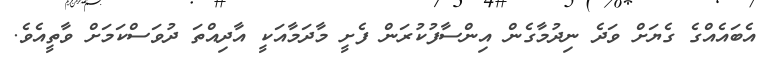
އެބައެއްގެ ގެޔަށް ވަދެ ނިދުމާގެން އިންސާފުކުރަން ފެށީ މާދަމާއަކީ އާދިއްތަ ދުވަސްކަމަށް ވާތީއެވެ.